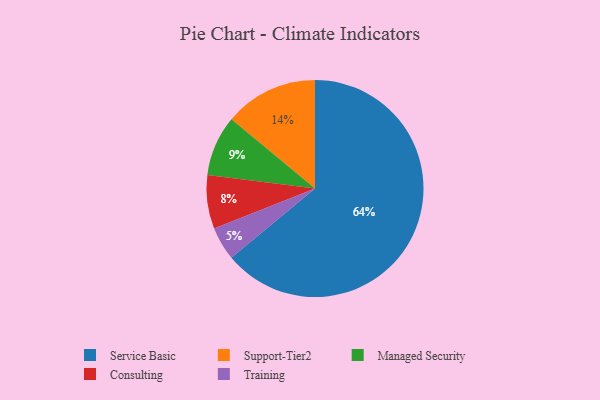
{"axis": {"x": "Category", "y": "Percentage"}, "legend": ["Consulting", "Managed Security", "Service Basic", "Support-Tier2", "Training"], "data": [{"x": "Service Basic", "y": 64, "type": "Service Basic"}, {"x": "Consulting", "y": 8, "type": "Consulting"}, {"x": "Managed Security", "y": 9, "type": "Managed Security"}, {"x": "Training", "y": 5, "type": "Training"}, {"x": "Support-Tier2", "y": 14, "type": "Support-Tier2"}]}